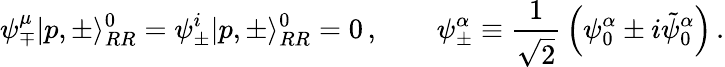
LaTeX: \psi_{\mp}^{\mu}|p,\pm\rangle_{RR}^{0}=\psi_{\pm}^{i}|p,\pm\rangle_{RR}^{0}=0\, ,\qquad\psi_{\pm}^{\alpha}\equiv{\frac{1}{\sqrt{2}}}\left(\psi_{0}^{\alpha}\pm i\tilde{\psi}_{0}^{\alpha}\right)\, .